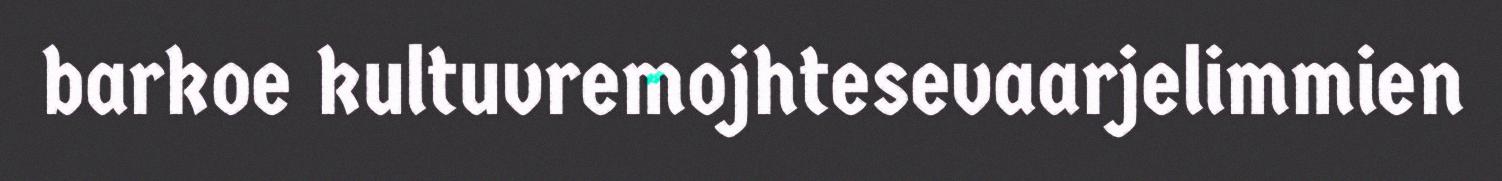
barkoe kultuvremojhtesevaarjelimmien